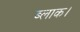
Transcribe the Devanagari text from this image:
ब्‍लाक।